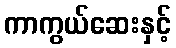
ကာကွယ်ဆေးနှင့်